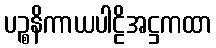
ပဉ္စနိကာယပါဠိအဋ္ဌကထာ